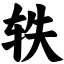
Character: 轶